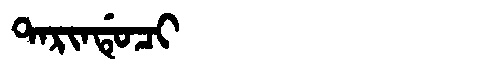
Manchu: ᡨᠠᡵᡳᠨᡩᡠᠴᡳ
Romanization: TARINDUCI